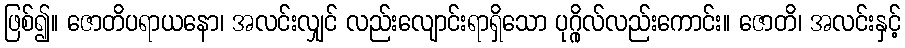
ဖြစ်၍။ ဇောတိပရာယနော၊ အလင်းလျှင် လည်းလျောင်းရာရှိသော ပုဂ္ဂိုလ်လည်းကောင်း။ ဇောတိ၊ အလင်းနှင့်